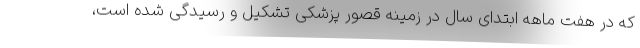
که در هفت ماهه ابتدای سال در زمینه قصور پزشکی تشکیل و رسیدگی شده است،